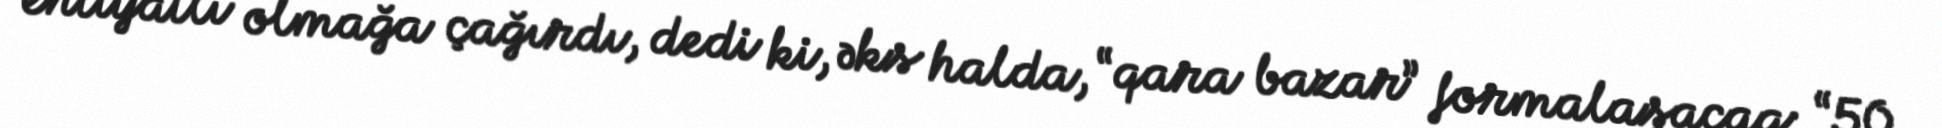
ehtiyatlı olmağa çağırdı, dedi ki, əks halda, “qara bazar” formalaşacaq: “50